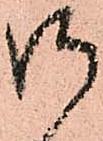
御